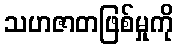
သဟဇာတဖြစ်မှုကို